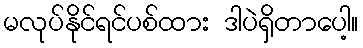
မလုပ်နိုင်ရင်ပစ်ထား ဒါပဲရှိတာပေါ့။